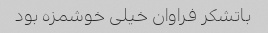
باتشکر فراوان خیلی خوشمزه بود